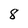
Character: 8